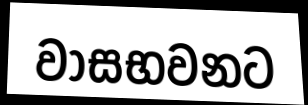
වාසභවනට